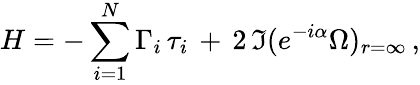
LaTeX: H=-\sum_{i=1}^{N}\Gamma_{i}\, \tau_{i}\, +\, 2\, \Im(e^{-i\alpha}\Omega)_{r=\infty}\, ,